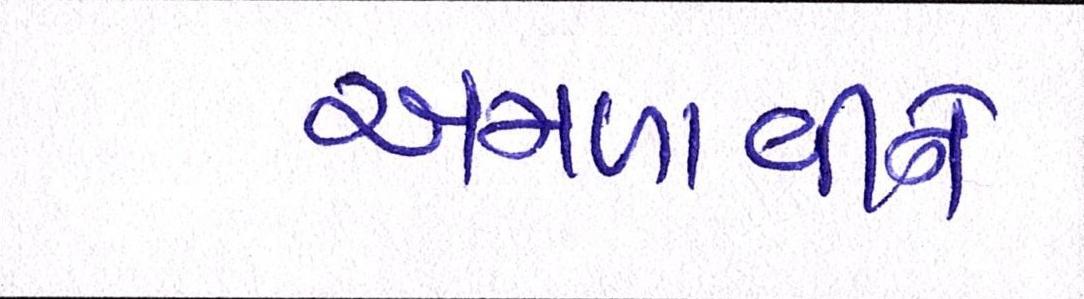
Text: અમળાવીને